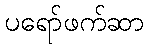
ပရော်ဖက်ဆာ